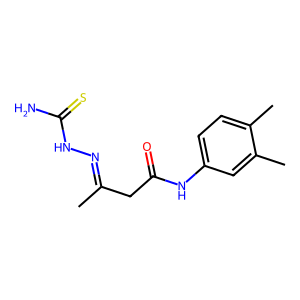
SMILES: CC(CC(=O)Nc1ccc(C)c(C)c1)=NNC(N)=S
Inhibits HIV replication: No